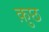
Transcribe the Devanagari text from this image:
क़ुछ